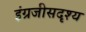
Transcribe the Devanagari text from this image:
इंग्रजीसदृश्य